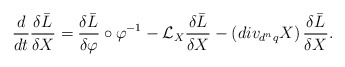
\begin{align*}\frac{d}{dt}\frac{\delta \bar{L}}{\delta X}=\frac{\delta\bar{L}}{\delta\varphi }\circ \varphi ^{-1}-\mathcal{L}_{X}\frac{\delta \bar{L}}{\delta X}-\left( div_{d^{n}q}X\right) \frac{\delta \bar{L}}{\delta X}.\end{align*}